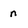
Character: n